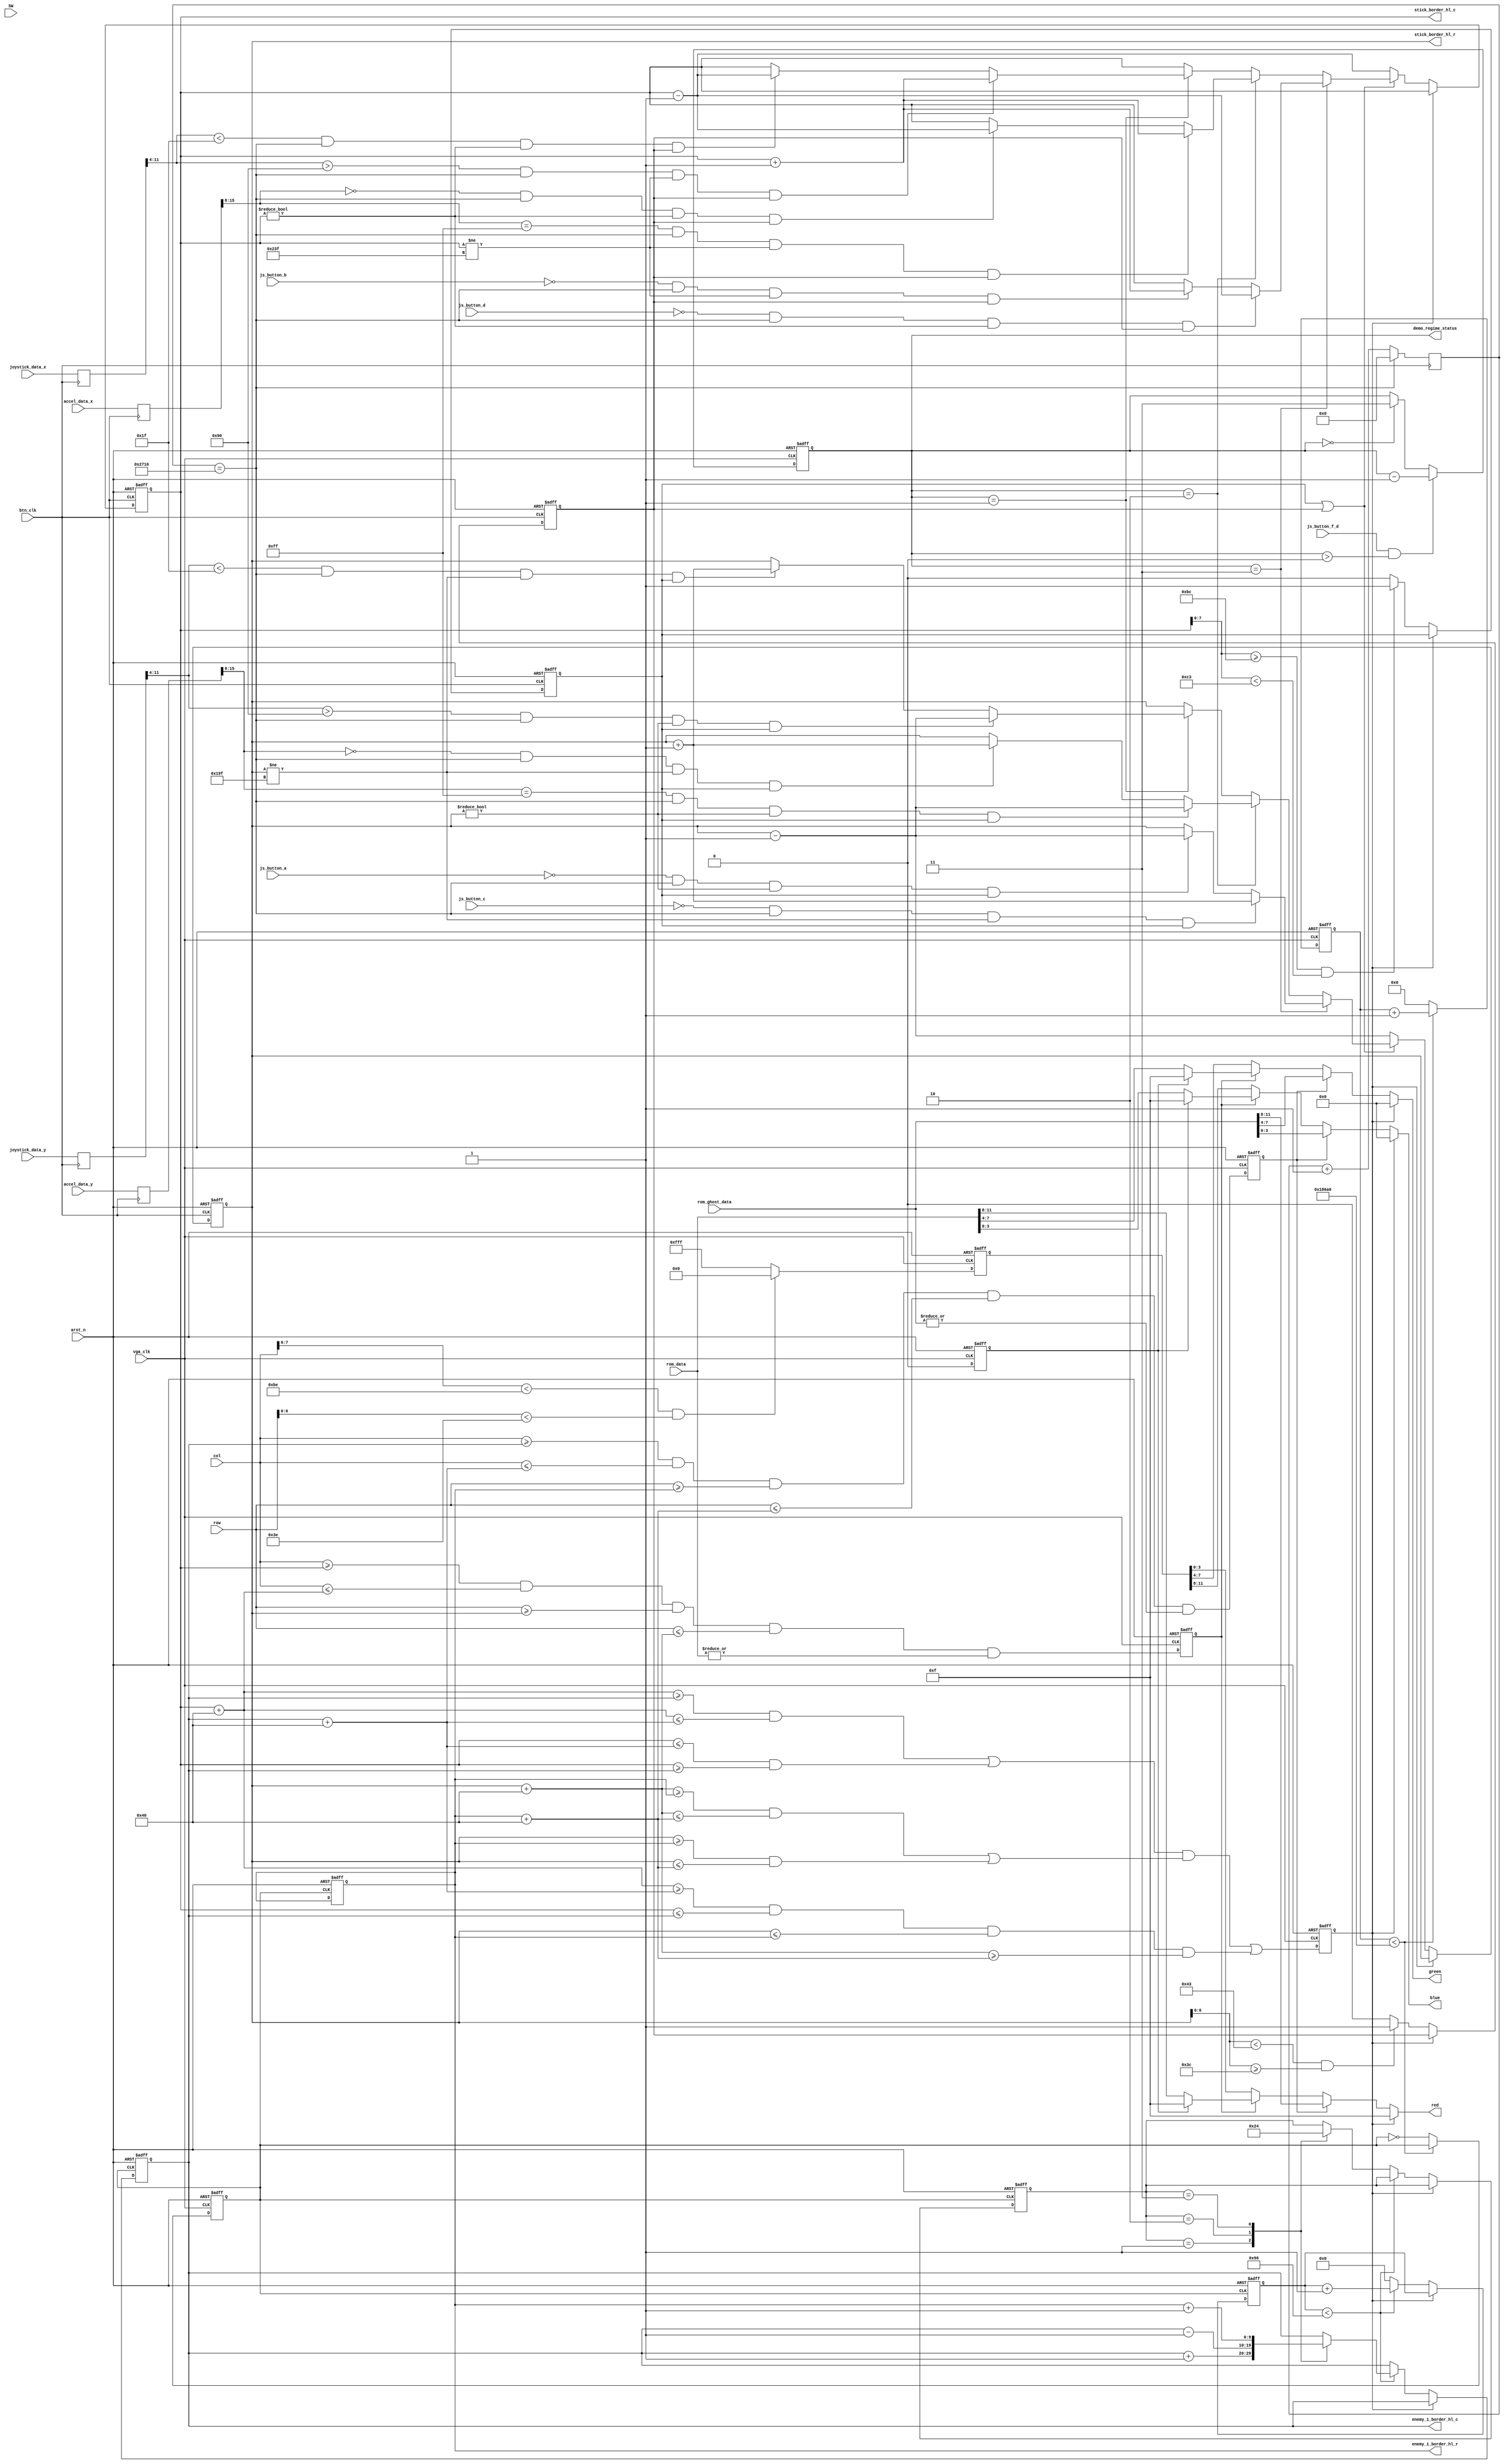
module demo (
  //--------- Clock & Resets                     --------//
    input          btn_clk         ,  // Pixel clock 1MHz     
    input          vga_clk         ,  // VGA clock 25 MHz	 
    input          arst_n          ,  // Active low synchronous reset   
  //--------- JoyStick                           --------//
    input  [11:0]  joystick_data_x ,
    input  [11:0]  joystick_data_y ,
    input          js_button_a     ,
    input          js_button_b     ,
    input          js_button_c     ,
    input          js_button_d     ,
    input          js_button_f_d   ,
  //--------- Accelerometer                      --------//
    input  [15:0]  accel_data_x    ,
    input  [15:0]  accel_data_y    ,
  //--------- Pixcels Coordinates                --------//
    input  [9:0]   col             ,
    input  [8:0]   row             , 
  //--------- Data from memory with logo         --------//
    input  [15:0]  rom_data        ,
    input  [15:0] rom_ghost_data,
  //--------- VGA outputs                        --------//
    output [3:0]   red             ,  // 4-bit color output
    output [3:0]   green           ,  // 4-bit color output
    output [3:0]   blue            ,  // 4-bit color output
  //--------- Switches for background colour     --------//
    input  [2:0]   SW              ,
  //--------- Regime                             --------//
    output [1:0]   demo_regime_status,    // Red led on the board which show REGIME
	 
	  output reg[9:0]   stick_border_hl_c,
     output  reg[8:0]   stick_border_hl_r,

      output	reg	[9:0]	 enemy_1_border_hl_c,
	 output	reg	[8:0]	 enemy_1_border_hl_r
);
  
  //------------------------- Variables                    ----------------------------//
    //----------------------- Regime control               --------------------------// 
      wire         change_regime ;
      reg   [1:0]  regime_store  ;
    //----------------------- Coordinates regs             --------------------------//
      reg   [11:0] x_store_reg;
      reg   [11:0] y_store_reg;
      reg   [15:0] accel_x_store_reg;
      reg   [15:0] accel_y_store_reg;
    //----------------------- Counters                     --------------------------//
      reg   [18:0] accel_counter;
      reg   [20:0] regime_counter;
      wire         regime_overflow;
      wire         accel_overflow;
    //----------------------- Stick movement               --------------------------//
      parameter    stick_width  = 64; 
      parameter    stick_height = 64; 
      reg          stick_active;
      reg          indicator;
//      reg  [9:0]   stick_border_hl_c;
//      reg  [8:0]   stick_border_hl_r;

	reg 		    enemy_clk;
		reg			 enemy_1_active;
      parameter    enemy_1_width  = 64; 
      parameter    enemy_1_height = 64;
		parameter    enemy_1_path_len = 150;
		parameter    enemy_1_start_position_c = 500;
		parameter    enemy_1_start_position_r = 62;
		reg	[1:0]	 enemy_1_direction;
		reg 	[9:0]	 enemy_1_step_count;
		
		reg			 enemy_2_active;
      parameter    enemy_2_width  = 25; 
      parameter    enemy_2_height = 25;
		parameter    enemy_2_path_len = 300;
		parameter    enemy_2_start_position_c = 200;
		parameter    enemy_2_start_position_r = 10;
		reg	[1:0]	 enemy_2_direction;
		reg 	[9:0]	 enemy_2_step_count;
		reg	[9:0]	 enemy_2_border_hl_c;
		reg	[8:0]	 enemy_2_border_hl_r;
		
		reg			 enemy_3_active;
      parameter    enemy_3_width  = 25; 
      parameter    enemy_3_height = 25;
		parameter    enemy_3_path_len = 500;
		parameter    enemy_3_start_position_c = 0;
		parameter    enemy_3_start_position_r = 0;
		reg	[1:0]	 enemy_3_direction;
		reg 	[9:0]	 enemy_3_step_count;
		reg	[9:0]	 enemy_3_border_hl_c;
		reg	[8:0]	 enemy_3_border_hl_r;
    //----------------------- Sber logo timer              --------------------------//
      reg [31:0]   sber_logo_counter; // 32 bit timer
      reg 	 you_lose;


  //------------------------- Coordinates regs             ----------------------------//
    always @ (posedge btn_clk) begin
      x_store_reg       <= joystick_data_x   ;
      y_store_reg       <= joystick_data_y   ;
      accel_x_store_reg <= accel_data_x ;
      accel_y_store_reg <= accel_data_y ;
    end

  //------------------------- Counters                     ----------------------------//
    always @ ( posedge btn_clk ) begin
      if (accel_counter == 19'd10000) 
        accel_counter <= 0; 
      else 
        accel_counter <= accel_counter + 1'b1;
    end
    //
    assign accel_overflow   = ( accel_counter  == 19'd10000   );
	 
	 reg [11:0] out_background;
	 
	 //// 					labirint //////////////////////////////////////////////////////////
	 always @ (posedge vga_clk or negedge arst_n) begin
		if ( !arst_n ) begin
			out_background <= 0;
		end
		else begin
			if ((col[7:0] < 190) && (row[6:0] < 62))
				out_background = 12'h0;
			else
				out_background = 12'hFFFF;
		end
	end

  //------------------------- Regime control               ----------------------------//
    always @ (posedge vga_clk or negedge arst_n) begin
    if ( !arst_n ) begin
      regime_store <= 2'b11;
    end
    else if ( change_regime && ( regime_store > 2'b00) ) begin
      regime_store <= regime_store - 1'b1;
    end
    else if (regime_store == 2'b00) 
      regime_store <= 2'b11;
    end
    assign change_regime      = js_button_f_d;
    assign demo_regime_status = regime_store;
	 
	 reg  move_c;
	 reg  move_r;

  //------------------------- Stick movement in 3 regimes  ----------------------------//
    always @ (posedge btn_clk or negedge arst_n) begin
      if ( !arst_n ) begin
        stick_border_hl_c <= 0; 
        stick_border_hl_r <= 63;
		  move_c <= 0;
		  move_r <= 0;
      end 
      else 
		if(!you_lose)
		begin
		
			if ( ( stick_border_hl_r[6:0] < 67 ) && ( stick_border_hl_r[6:0] >= 60 ) ) begin
				move_c <= 1;
			end else begin
				move_c <= 0;
			end
			if ( ( stick_border_hl_c[7:0] >= 188 ) && ( stick_border_hl_c[7:0] < 195 ) ) begin
				move_r <= 1;
			end else begin
				move_r <= 0;
			end
			
			
		if (move_r || move_c) begin
        if      (regime_store == 2'b11) begin  // Buttons regime
          if      ( (!js_button_d) && accel_overflow && (stick_border_hl_c != 0  ) && move_c) begin
            stick_border_hl_c <= stick_border_hl_c - 1; 
          end
          else if ( (!js_button_b) && accel_overflow && (stick_border_hl_c != 639-stick_width) && move_c ) begin
            stick_border_hl_c <= stick_border_hl_c + 1; 
          end
          //
          if      ( (!js_button_c) && accel_overflow && (stick_border_hl_r != 479-stick_height) && move_r) begin
            stick_border_hl_r <= stick_border_hl_r + 1; 
          end
          else if ( (!js_button_a) && accel_overflow && (stick_border_hl_r != 0  ) && move_r ) begin
            stick_border_hl_r <= stick_border_hl_r - 1; 
          end
        end
        else if (regime_store == 2'b10) begin  // Accelerometer regime
          if ( ( accel_x_store_reg[15:8] == 8'b0000_0000 ) && accel_overflow && ( stick_border_hl_c != 0   ) && move_c ) begin
            stick_border_hl_c <= stick_border_hl_c - 1; 
          end
          if ( ( accel_x_store_reg[15:8] == 8'b1111_1111 ) && accel_overflow && ( stick_border_hl_c != 639-stick_width ) && move_c ) begin
            stick_border_hl_c <= stick_border_hl_c + 1; 
          end
          if ( ( accel_y_store_reg[15:8] == 8'b0000_0000 ) && accel_overflow && ( stick_border_hl_r != 479-stick_height ) && move_r ) begin
            stick_border_hl_r <= stick_border_hl_r + 1; 
          end
          if ( ( accel_y_store_reg[15:8] == 8'b1111_1111 ) && accel_overflow && ( stick_border_hl_r != 0   ) && move_r ) begin
            stick_border_hl_r <= stick_border_hl_r - 1; 
          end
        end
        else if (regime_store == 2'b01) begin  // JoyStick regime
          if      ( ( x_store_reg[11:4] > 8'h90 ) && accel_overflow && ( stick_border_hl_c != 639-stick_width ) && move_c ) begin
            stick_border_hl_c <= stick_border_hl_c + 1; 
          end
          else if ( ( x_store_reg[11:4] < 8'h1f   ) && accel_overflow && ( stick_border_hl_c != 0   ) && move_c ) begin
            stick_border_hl_c <= stick_border_hl_c - 1; 
          end
          else begin
            stick_border_hl_c <= stick_border_hl_c; 
          end
          //
          if      ( ( y_store_reg[11:4] > 8'h90  ) && accel_overflow && ( stick_border_hl_r != 0   ) && move_r ) begin
            stick_border_hl_r <= stick_border_hl_r - 1; 
          end
          else if ( ( y_store_reg[11:4] < 8'h1f  ) && accel_overflow && ( stick_border_hl_r != 479-stick_height ) && move_r ) begin
            stick_border_hl_r <= stick_border_hl_r + 1; 
          end
          else begin
            stick_border_hl_r <= stick_border_hl_r; 
          end
        end
		  end else begin //move err
			stick_border_hl_r <= stick_border_hl_r - 1;
			stick_border_hl_c <= stick_border_hl_c - 1;
		  end
		  
      end
    end

  //------------------------- Sber logo on start           ----------------------------//
//    always @ ( posedge vga_clk or negedge arst_n) begin 
//      if      ( !arst_n )  
//        sber_logo_counter <= 32'b0;
//      else if ( sber_logo_counter < 32'd1_00000000 )
//        sber_logo_counter <= sber_logo_counter + 1'b1;

	 reg [31:0] enemy_clk_count;
	 //------------------------- Enemy clk          ----------------------------//
    always @ ( posedge vga_clk or negedge arst_n) begin 
      if      ( !arst_n ) begin
        enemy_clk <='b0;
		  enemy_clk_count <= 32'b0;
      end
		else  begin
			if(enemy_clk_count < 32'd100000)
				enemy_clk_count <= enemy_clk_count + 1'b1;
			else begin
				enemy_clk_count <= 0;
				enemy_clk <= ~enemy_clk;
			end
		end
    end 
	 
	 
	 //------------------------- Enemy movement           ----------------------------//
    always @ ( posedge enemy_clk or negedge arst_n) begin 
      if      ( !arst_n )  begin
        enemy_1_border_hl_c <= enemy_1_start_position_c;
		  enemy_1_border_hl_r <= enemy_1_start_position_r;
		  enemy_1_step_count  <= 32'b0;
		  enemy_1_direction   <= 'h1;
		  
        enemy_2_border_hl_c <= enemy_2_start_position_c;
		  enemy_2_border_hl_r <= enemy_2_start_position_c;
		  enemy_2_step_count  <= 32'b0;
		  enemy_2_direction   <= 'h3;
		  
        enemy_3_border_hl_c <= enemy_3_start_position_c;
		  enemy_3_border_hl_r <= enemy_3_start_position_c;
		  enemy_3_step_count  <= 32'b0;
		  enemy_3_direction   <= 'h4;
		end
      else 
		if (!you_lose) 
		begin 
			if ( enemy_1_step_count < enemy_1_path_len) begin
				case(enemy_1_direction)
					'h1: begin
						enemy_1_border_hl_c <= enemy_1_border_hl_c + 1'b1;
					end
					'h2: begin
						enemy_1_border_hl_c <= enemy_1_border_hl_c - 1'b1;
					end
					'h3: begin
						enemy_1_border_hl_c <= enemy_1_border_hl_r + 1'b1;
					end
					'h4: begin
						enemy_1_border_hl_c <= enemy_1_border_hl_r - 1'b1;
					end
				endcase
				enemy_1_step_count <= enemy_1_step_count + 1'b1;
			end
			else begin
				case(enemy_1_direction)
					'h1: begin
						enemy_1_direction <= 'h2;
					end
					'h2: begin
						enemy_1_direction <= 'h1;
					end
					'h3: begin
						enemy_1_direction <= 'h4;
					end
					'h4: begin
						enemy_1_direction <= 'h3;
					end
				endcase
				enemy_1_step_count <= 32'b0;
			end
		end
    end 
//    end 

    always @ (posedge vga_clk or negedge arst_n) begin
      if (!arst_n) begin
        indicator         <= 0;
        stick_active      <= 0;
        enemy_1_active		  <= 0;
		  enemy_2_active		  <= 0;
		  you_lose				  <= 0;
		  enemy_3_active		  <= 0;
      end 
//      else if (sber_logo_counter < 32'd1_00000000) begin
//        stick_active      <= (col >= 10'd256) & (col <= 10'd384) & (row >= 9'd176) & (row <= 9'd304); // Logo size is 128x128 Pixcels
//        indicator         <= 0;  
//      end 
      else begin
        stick_active      <= (col >= stick_border_hl_c) & (col <= (stick_border_hl_c + stick_width)) & 
                             (row >= stick_border_hl_r) & (row <= (stick_border_hl_r + stick_height)) & (|rom_data);  
          enemy_1_active 	  <= (col >= enemy_1_border_hl_c) & (col <= (enemy_1_border_hl_c + enemy_1_width)) & 
                             (row >= enemy_1_border_hl_r) & (row <= (enemy_1_border_hl_r + enemy_1_height))& (|rom_ghost_data);
									  
		  you_lose			  <= (((stick_border_hl_c + stick_width >= enemy_1_border_hl_c) & 
										(stick_border_hl_c + stick_width <= enemy_1_border_hl_c + enemy_1_width)) |
										 ((stick_border_hl_c <= enemy_1_border_hl_c + enemy_1_width)&
										 (stick_border_hl_c >= enemy_1_border_hl_c)))&(
										 ((stick_border_hl_r + stick_height >= enemy_1_border_hl_r) &
										 (stick_border_hl_r + stick_height <= enemy_1_border_hl_r + enemy_1_height)) |
										
										 ((stick_border_hl_r >= enemy_1_border_hl_r) &
										 (stick_border_hl_r <= enemy_1_border_hl_r + enemy_1_height))
										 ) |(
										 (stick_border_hl_c  + stick_width >= enemy_1_border_hl_c + enemy_1_width) & 
										 (stick_border_hl_c  <= enemy_1_border_hl_c) &
										 (stick_border_hl_r  <= enemy_1_border_hl_r) &
										 (stick_border_hl_r + stick_height >= enemy_1_border_hl_r + enemy_1_height))
										 ;
                     indicator         <= 0;      
      end
    end
   
  //------------------------ VGA outputs                   ----------------------------// 
//    assign    red     = stick_active ? ( indicator ? 4'hf : rom_data[11:8]) : (SW[0] ? 4'h8 : {4{out_background[0]}}); 
//    assign    green   = stick_active ? ( indicator ? 4'hf : rom_data[7:4] ) : (SW[1] ? 4'h8 : {4{out_background[1]}});
//    assign    blue    = stick_active ? ( indicator ? 4'hf : rom_data[3:0] ) : (SW[2] ? 4'h8 : {4{out_background[2]}});
		assign    red     = you_lose ? 4'hf : enemy_1_active ? rom_ghost_data[11:8] : (stick_active ? ( indicator ? 4'hf : rom_data[11:8]) : out_background[3:0]); 
		assign    green   = you_lose ? 4'h0 : enemy_1_active ? rom_ghost_data[7:4]  : (stick_active ? ( indicator ? 4'hf : rom_data[7:4] ) : out_background[7:4]);
		assign    blue    = you_lose ? 4'h0 : enemy_1_active ? rom_ghost_data[3:0]  : (stick_active ? ( indicator ? 4'hf : rom_data[3:0] ) : out_background[11:8]);
//  assign    red     = you_lose ? 4'hf : (enemy_1_active ? rom_ghost_data[11:8] : (stick_active ? ( indicator ? 4'hf : rom_data[11:8]) : (SW[0] ? 4'h8 : 4'h0))); 
//    assign    green   = you_lose ? 4'h0 : (enemy_1_active ? rom_ghost_data[7:4]  : (stick_active ? ( indicator ? 4'hf : rom_data[7:4] ) : (SW[1] ? 4'h8 : 4'h0)));
//    assign    blue    = you_lose ? 4'h0 : (enemy_1_active ? rom_ghost_data[3:0]  : (stick_active ? ( indicator ? 4'hf : rom_data[3:0] ) : (SW[2] ? 4'h8 : 4'h0)));


endmodule